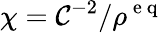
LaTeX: \chi=\mathcal{C}^{-2}/\rho^{\mathrm{{~e~q~}}}